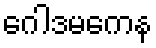
ဂေါဒမကေန